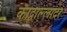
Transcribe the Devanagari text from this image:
काद्वाल्लादर